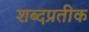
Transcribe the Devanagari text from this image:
शब्दप्रतीक